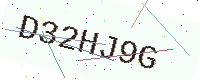
Text: D32HJ9G